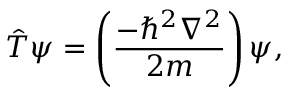
\hat { T } \psi = \left( \frac { - \hbar ^ { 2 } \nabla ^ { 2 } } { 2 m } \right) \psi ,